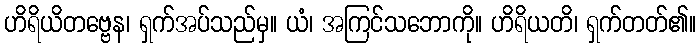
ဟိရိယိတဗ္ဗေန၊ ရှက်အပ်သည်မှ။ ယံ၊ အကြင်သဘောကို။ ဟိရိယတိ၊ ရှက်တတ်၏။